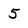
Character: 5